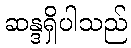
ဆန္ဒရှိပါသည်